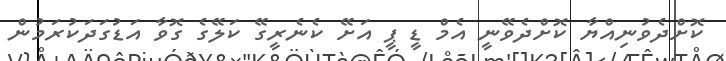
ކޮށްދެވުނިއްޔާ ކޮށްދެވޭނީ އެމް ޑީ ޕީ އަށޭ ކެެެނެރީގޭ ކަލޭގެ ގޮވާ އަޑުގަދަކުރަމުން